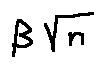
\beta \sqrt { n }